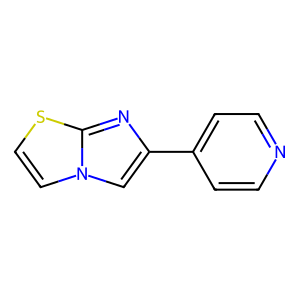
SMILES: c1cc(-c2cn3ccsc3n2)ccn1
Inhibits HIV replication: No